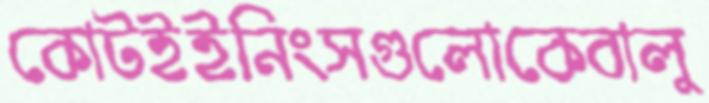
কোটইইনিংসগুলোকেবালু